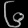
Digit: ၆